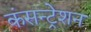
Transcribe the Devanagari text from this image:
कंसन्ट्रेशन